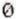
0